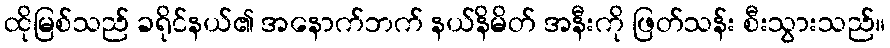
ထိုမြစ်သည် ခရိုင်နယ်၏ အနောက်ဘက် နယ်နိမိတ် အနီးကို ဖြတ်သန်း စီးသွားသည်။